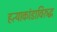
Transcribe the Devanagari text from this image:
हत्याकांडाविरुद्ध